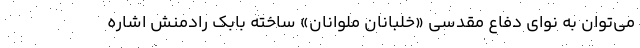
می‌توان به نوای دفاع مقدسی «خلبانان ملوانان» ساخته بابک رادمنش اشاره